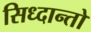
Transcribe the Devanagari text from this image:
सिध्दान्तो